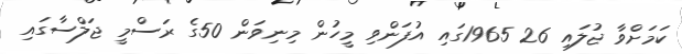
ކަމަށްވާ ޖުލައި 26 1965ގައި އުފަންވި މީހުން މިނިވަން 50ގެ ރަސްމީ ޖަލްސާގައި